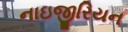
નાઇજીરિયન